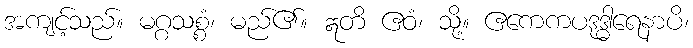
အကျင့်သည်။ မဂ္ဂသစ္စံ၊ မည်၏။ ဣတိ ဧဝံ၊ သို့။ ဧကေကပဒုဒ္ဓါရေနာပိ၊